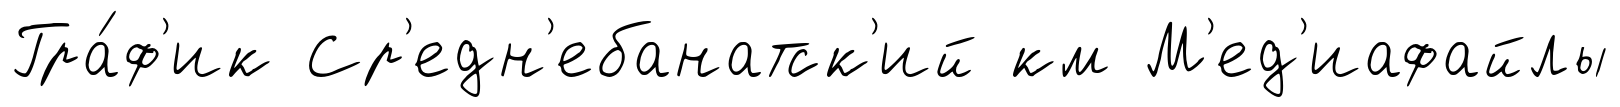
Гра́ф'ик Ср'едн'ебанатск'ий км М'ед'иафайлы